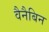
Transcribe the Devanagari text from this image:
वैनैबिन